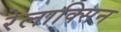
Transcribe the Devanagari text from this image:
रेलाक्सिन